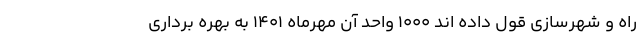
راه و شهرسازی قول داده اند ۱۰۰۰ واحد آن مهرماه ۱۴۰۱ به بهره برداری